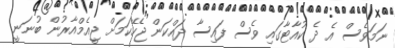
ނަމަވެސް އެ ދެ ކުއާޓާގައި ވެސް ފައިސާ ދައްކަން ޖެހޭކަމަށް ޖީއެމްއާރުން ބުނަނީ